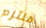
ملتزم